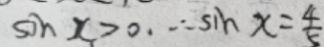
\sin x > 0 , \therefore \sin x = \frac { 4 } { 5 }